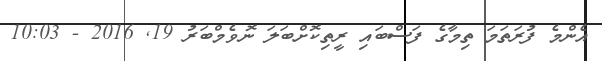
އެންމެ ފުރަތަމަ ތިމާގެ ފަސްބައި ރީތިކޮށްބަލަ ނޮވެމްބަރު 19